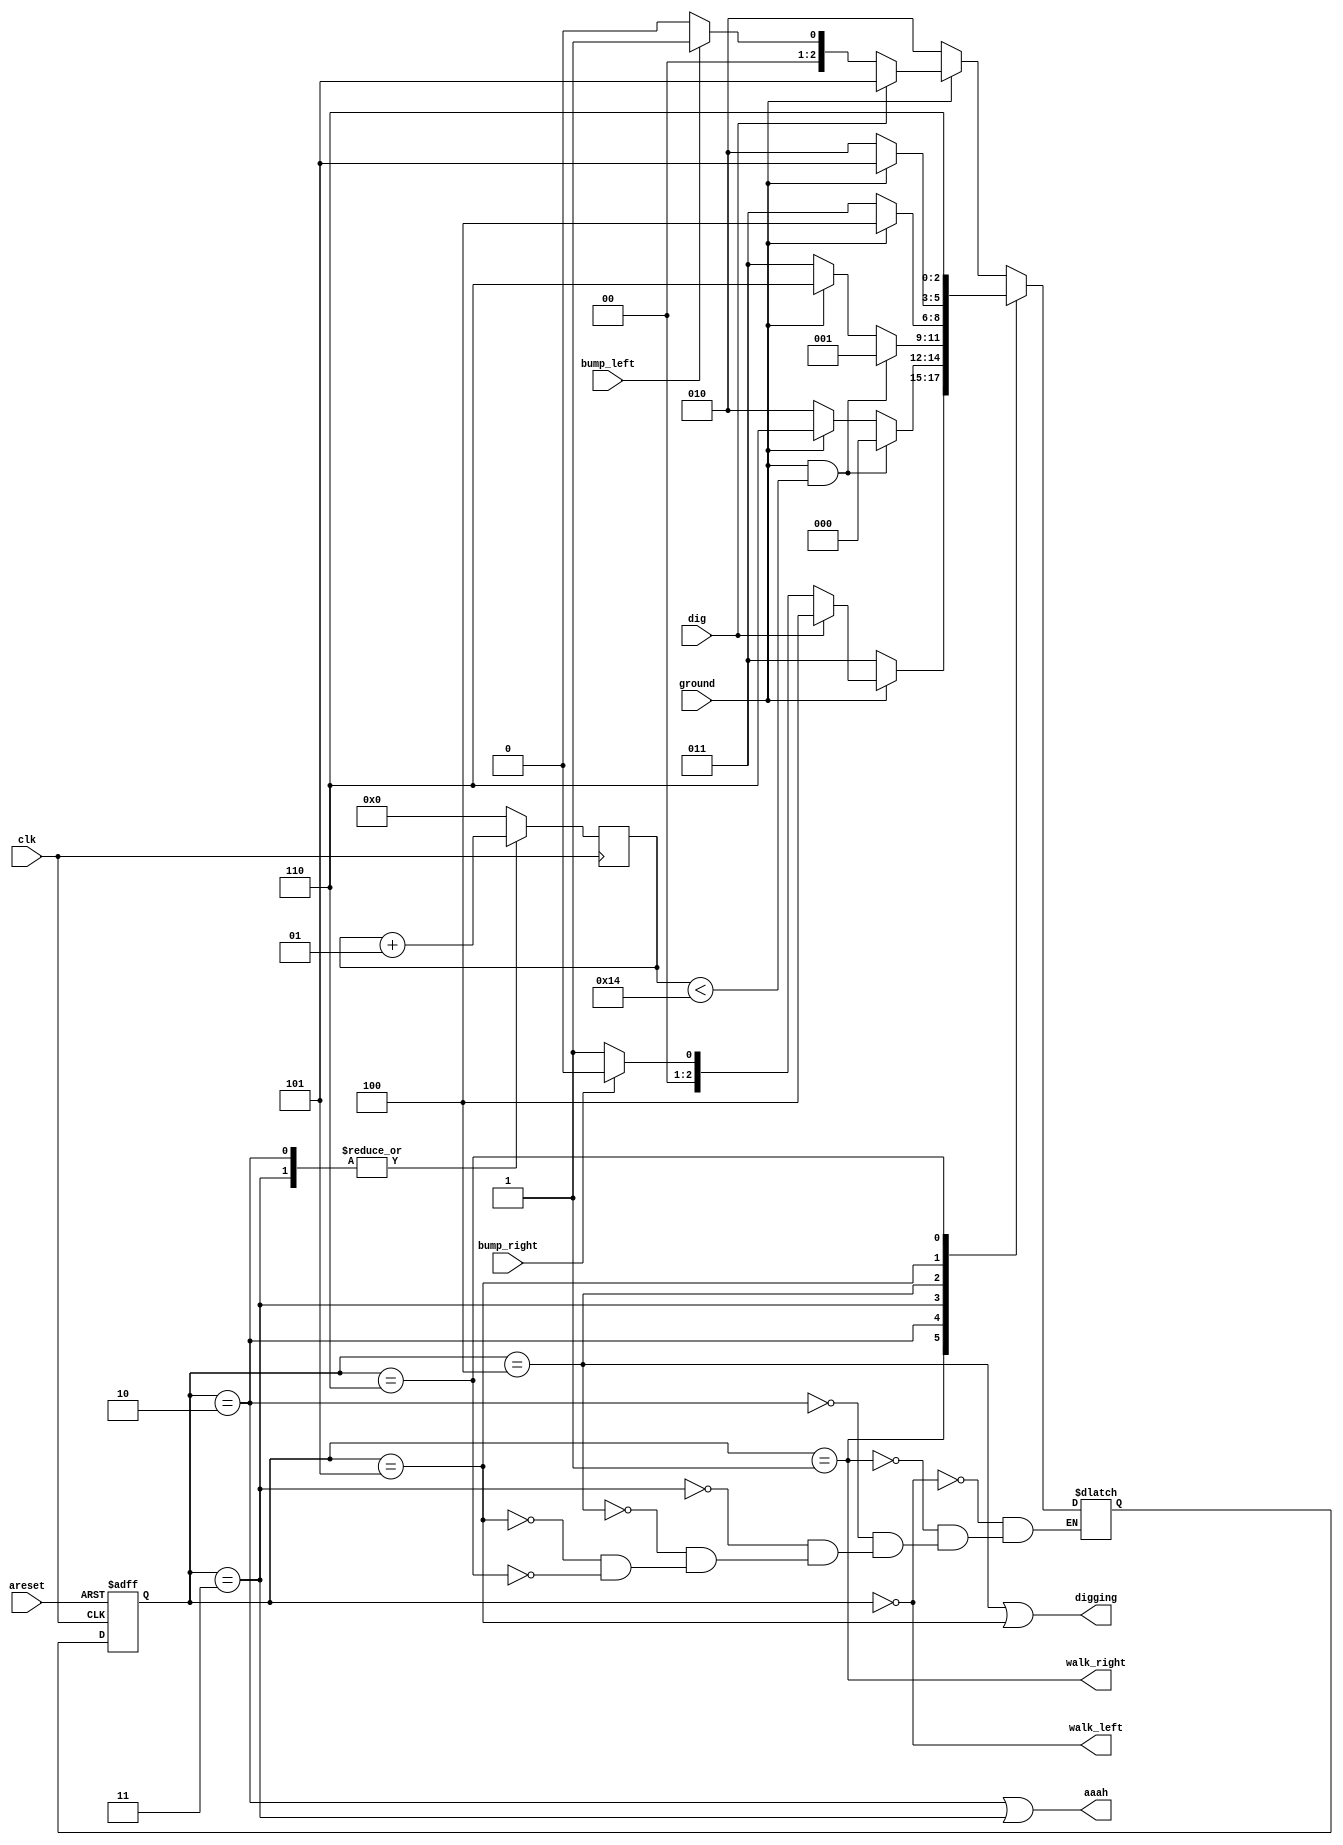
module top_module(
    input clk,
    input areset,    // Freshly brainwashed Lemmings walk left.
    input bump_left,
    input bump_right,
    input ground,
    input dig,
    output walk_left,
    output walk_right,
    output aaah,
    output digging ); 
	parameter l=0,r=1,al=2,ar=3,dr=4,dl=5,die=6;
    reg [2:0] cs,ns;
    integer count;
    always@(posedge clk or posedge areset)
        if(areset)
            cs<=l;
    	else
            cs<=ns;
    always@(posedge clk)
        case(cs)
            al,ar:count=count+1;
            default:count=0;
        endcase
    always@(*)
        case(cs)
            l:begin
                if(~ground)
                    ns=al;
                else if(dig)
                    ns=dl;
                else if(bump_left)
                    ns=r;
                else
                    ns=l;
            end
            r:begin
                if(~ground)
                    ns=ar;
                else if(dig)
                    ns=dr;
                else if(bump_right)
                    ns=l;
                else
                    ns=r;
            end
            al:begin
                if(ground&count<20)
                    ns=l;
                else if(~ground)
                    ns=al;
                else
                    ns=die;
            end
            ar:begin
                if(ground&count<20)
                    ns=r;
                else if(~ground)
                    ns=ar;
                else
                    ns=die;
            end
            dr:begin
                if(ground)
                    ns=dr;
                else
                    ns=ar;
            end
            dl:begin
                if(ground)
                    ns=dl;
                else
                    ns=al;
            end
            die:ns=die;
        endcase
    assign walk_left=(cs==l);
    assign walk_right=(cs==r);
    assign aaah=((cs==al)|(cs==ar));
    assign digging=(cs==dr)|(cs==dl);
endmodule